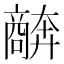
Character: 𫬩